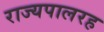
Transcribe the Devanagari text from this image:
राज्यपालरह